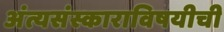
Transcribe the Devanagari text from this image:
अंत्यसंस्काराविषयीची